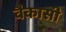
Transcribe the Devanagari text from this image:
वैकासी